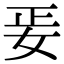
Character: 𡛵